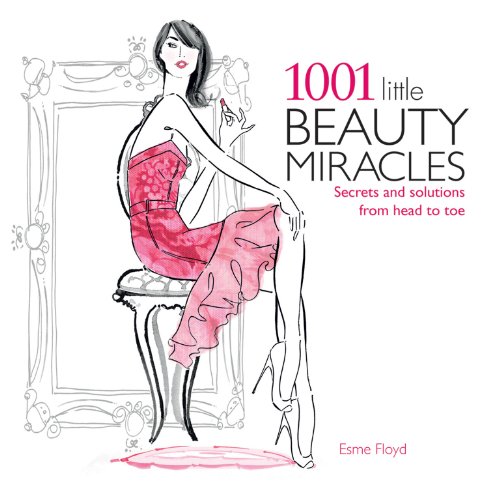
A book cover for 1001 Little Beauty Miracles: Secrets and Solutions from Head to Toe; Esme Floyd; Health, Fitness & Dieting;